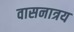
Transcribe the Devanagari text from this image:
वासनात्रय